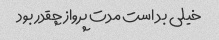
خیلی بد است مدت پرواز چقدر بود